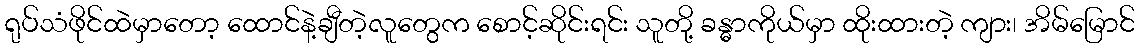
ရုပ်သံဖိုင်ထဲမှာတော့ ထောင်နဲ့ချီတဲ့လူတွေက စောင့်ဆိုင်းရင်း သူတို့ ခန္ဓာကိုယ်မှာ ထိုးထားတဲ့ ကျား၊ အိမ်မြောင်